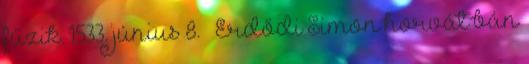
fűzik. 1533. június 8. – Erdődi Simon horvát bán